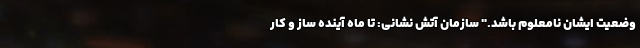
وضعیت ایشان نامعلوم باشد." سازمان آتش نشانی: تا ماه آینده ساز و کار